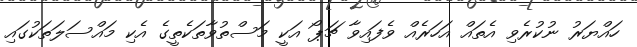
ހައްޔަރު ނުކުރެވި އެތައް އަހަރެއް ވެފައިވާ ޗަޕޯ އަކީ މަސްތުވާތަކެތީގެ އެކި މައްސަލަތަކުގައި